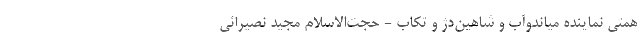
همتی نماینده میاندوآب و شاهین‌دژ و تکاب - حجت‌الاسلام مجید نصیرائی